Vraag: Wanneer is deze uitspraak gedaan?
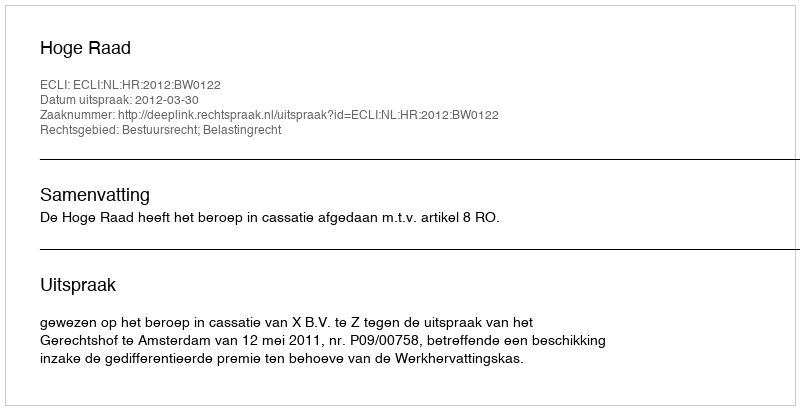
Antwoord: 2012-03-30